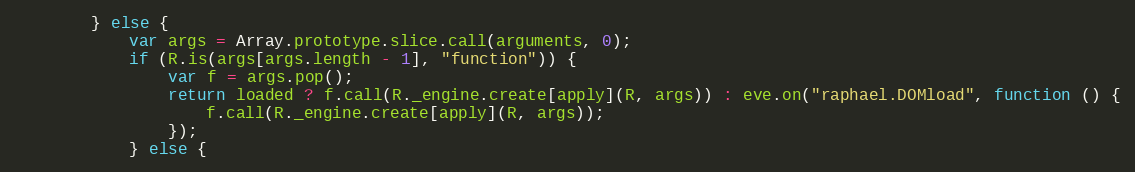
Language: JavaScript
        } else {
            var args = Array.prototype.slice.call(arguments, 0);
            if (R.is(args[args.length - 1], "function")) {
                var f = args.pop();
                return loaded ? f.call(R._engine.create[apply](R, args)) : eve.on("raphael.DOMload", function () {
                    f.call(R._engine.create[apply](R, args));
                });
            } else {